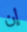
إن